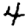
Digit: 4